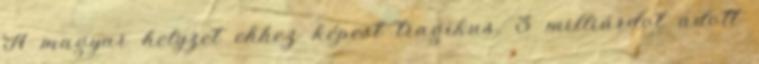
A magyar helyzet ehhez képest tragikus. 3 milliárdot adott